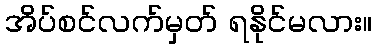
အိပ်စင်လက်မှတ် ရနိုင်မလား။